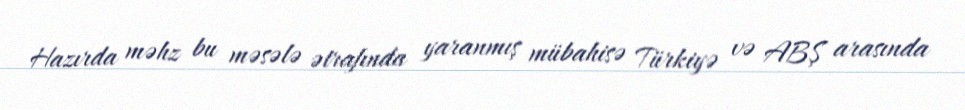
Hazırda məhz bu məsələ ətrafında yaranmış mübahisə Türkiyə və ABŞ arasında